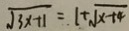
\sqrt { 3 x + 1 } = 1 + \sqrt { x + 4 }